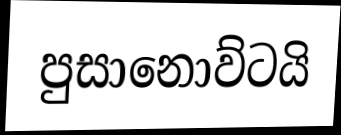
පුසානොව්ටයි